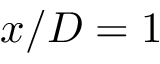
x / D = 1